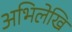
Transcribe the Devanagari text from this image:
अभिलेखि